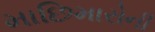
માછિમારોની